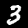
Label: 3